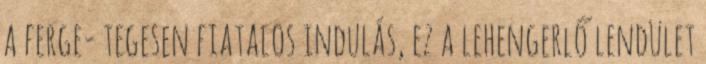
a ferge- tegesen fiatalos indulás, ez a lehengerlő lendület